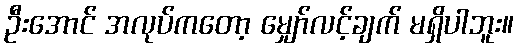
ဦးအောင် အလုပ်ကတော့ မျှော်လင့်ချက် မရှိပါဘူး။